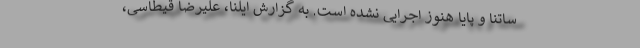
ساتنا و پایا هنوز اجرایی نشده است. به گزارش ایلنا، علیرضا قیطاسی،